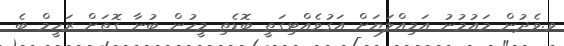
ވ.ވެދުން މައުމުނު އަމިއްލަޔަށް އަގުވެއްޓިގަތީ ބޮޑެތި މީހުން ބުނާ ގޮތަށް ރަހީމް ބެ